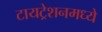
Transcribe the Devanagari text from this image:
टायट्रेशनमध्ये